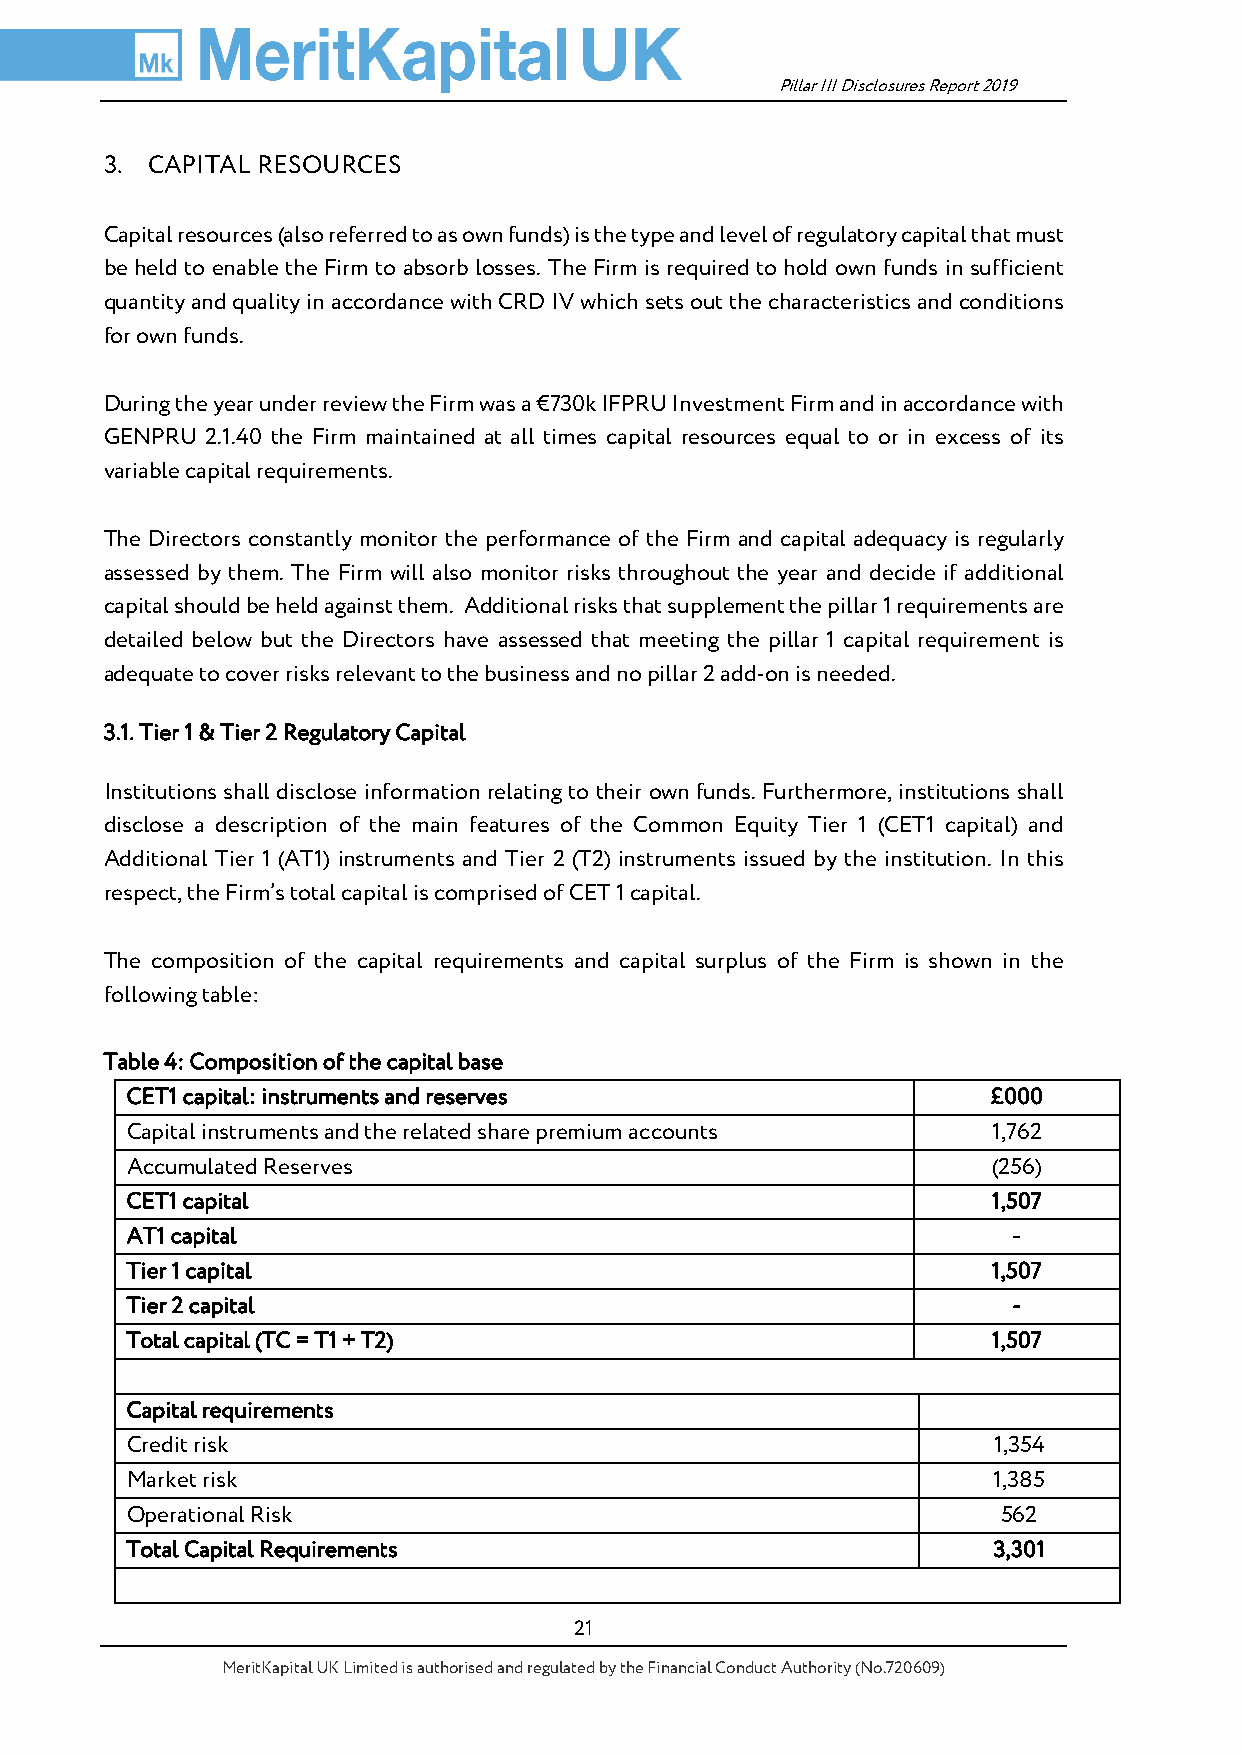
Pillar III Disclosures Report 2019
 3. CAPITAL RESOURCES
 Capital resources (also referred to as own funds) is the type and level of regulatory capital that must
 be held to enable the Firm to absorb losses. The Firm is required to hold own funds in sufficient
 quantity and quality in accordance with CRD IV which sets out the characteristics and conditions
 for own funds.
 During the year under review the Firm was a €730k IFPRU Investment Firm and in accordance with
 GENPRU 2.1.40 the Firm maintained at all times capital resources equal to or in excess of its
 variable capital requirements.
 The Directors constantly monitor the performance of the Firm and capital adequacy is regularly
 assessed by them. The Firm will also monitor risks throughout the year and decide if additional
 capital should be held against them. Additional risks that supplement the pillar 1 requirements are
 detailed below but the Directors have assessed that meeting the pillar 1 capital requirement is
 adequate to cover risks relevant to the business and no pillar 2 add-on is needed.
 3.1. Tier 1 & Tier 2 Regulatory Capital
 Institutions shall disclose information relating to their own funds. Furthermore, institutions shall
 disclose a description of the main features of the Common Equity Tier 1 (CET1 capital) and
 Additional Tier 1 (AT1) instruments and Tier 2 (T2) instruments issued by the institution. In this
 respect, the Firm’s total capital is comprised of CET 1 capital.
 The composition of the capital requirements and capital surplus of the Firm is shown in the
 following table:
 Table 4: Composition of the capital base
 CET1 capital: instruments and reserves                    £000
 Capital instruments and the related share premium accounts 1,762
 Accumulated Reserves                                      (256)
 CET1 capital                                              1,507
 AT1 capital                                                -
 Tier 1 capital                                            1,507
 Tier 2 capital                                             -
 Total capital (TC = T1 + T2)                              1,507
 Capital requirements
 Credit risk                                               1,354
 Market risk                                               1,385
 Operational Risk                                          562
 Total Capital Requirements                                3,301
 21
 MeritKapital UK Limited is authorised and regulated by the Financial Conduct Authority (No.720609)